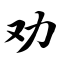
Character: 劝